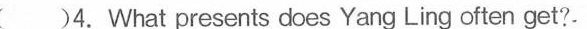
( )4.What presents does Yang Ling often get?.